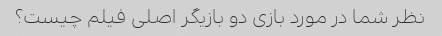
نظر شما در مورد بازی دو بازیگر اصلی فیلم چیست؟